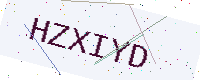
Text: HZXIYD